Tezpur Lunatic Asylum reports 1877-1894 - 1877-1894
Year: 1877
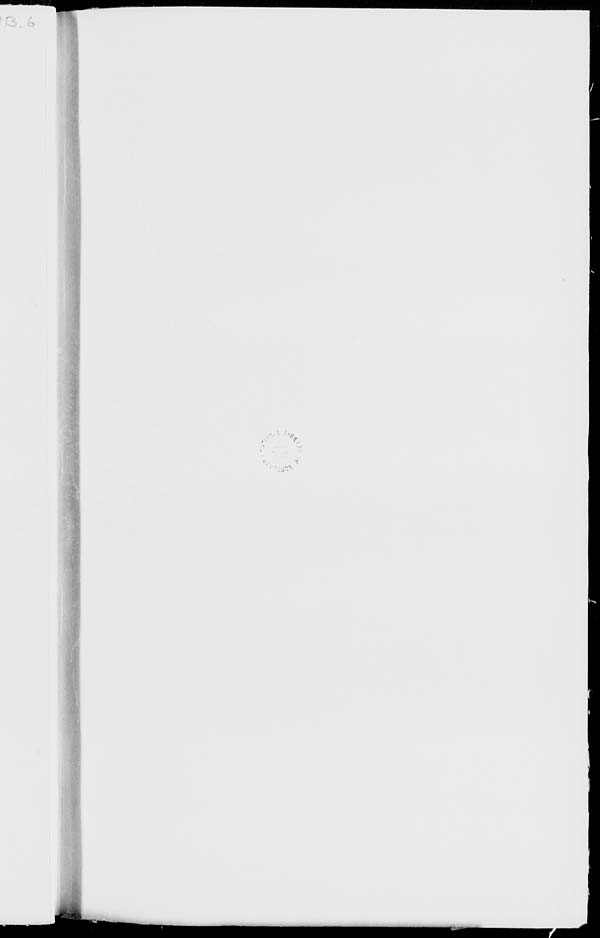
• w-